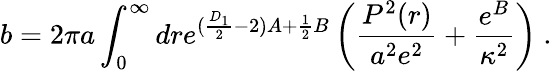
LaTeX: b=2\pi a\int_{0}^{\infty}dre^{(\frac{D_{1}}{2}-2)A+\frac{1}{2}B}\left(\frac{P^{2}(r)}{a^{2}e^{2}}+\frac{e^{B}}{\kappa^{2}}\right)~.